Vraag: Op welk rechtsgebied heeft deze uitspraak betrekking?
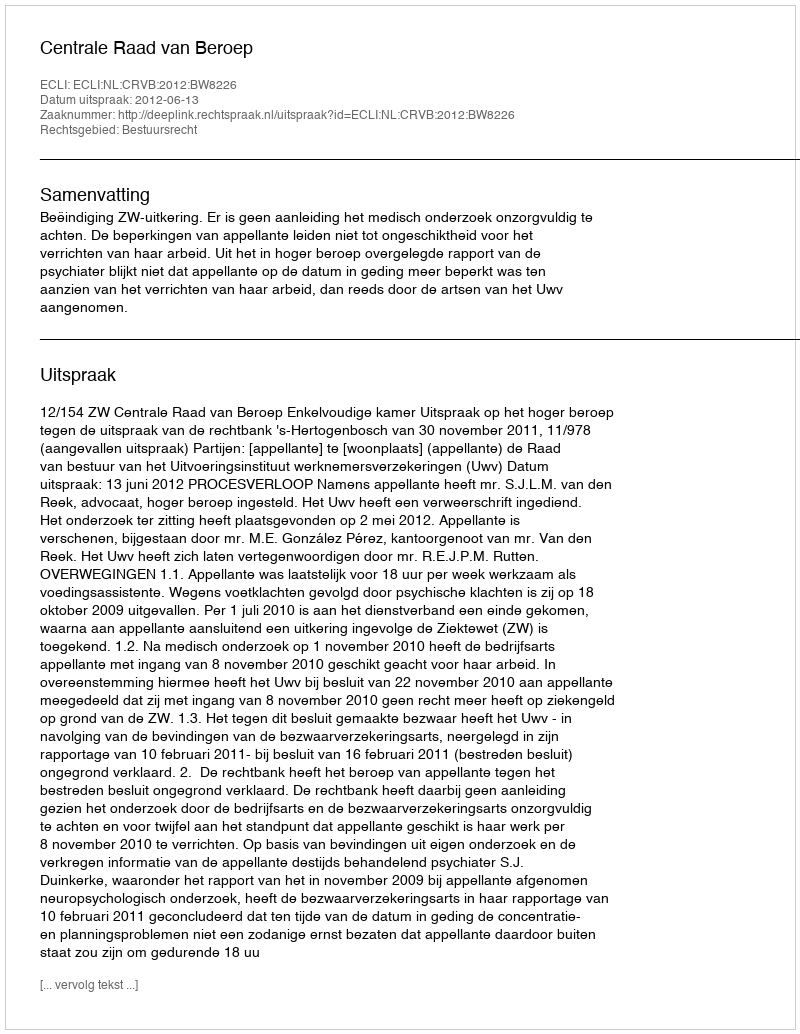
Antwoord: Bestuursrecht